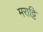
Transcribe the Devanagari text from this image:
मराट्टि